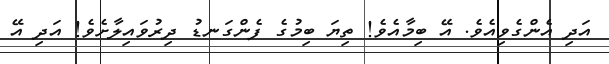
އަދި އެންގެވިއެވެ. އޭ ބިމާއެވެ! ތިޔަ ބިމުގެ ފެންގަނޑު ދިރުވައިލާށެވެ! އަދި އޭ